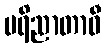
ပရိညာတာဝီ